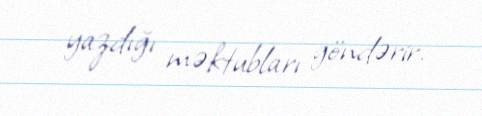
yazdığı məktubları göndərir.